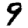
Digit: 9